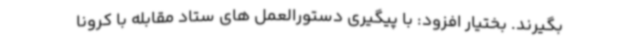
بگیرند. بختیار افزود: با پیگیری دستورالعمل های ستاد مقابله با کرونا